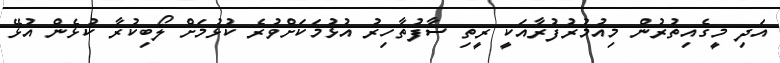
އަދި މީގެއިތުރުން މިއުމުރުފުރާއަކީ ރީތި ސާފުތާހިރު އުޅުމަކަށްވުރެ ކުޅުމަށް ލޯބިކުރާ ކުޅެން އުޅޭ